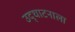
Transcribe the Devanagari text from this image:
उद्‌घाटनाला